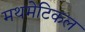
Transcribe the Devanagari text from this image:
मथमेटिकल